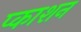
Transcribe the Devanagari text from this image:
प्काशन